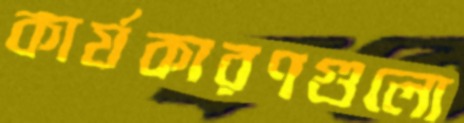
কার্যকারণগুলো